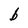
Character: b